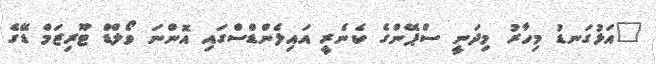
"އަޅުގަނޑު މިހާރު މިދަނީ ސްޕޭންގެ ކެނެރީ އައިލެންޑްސްގައި އޮންނަ ވޯލްޑް ޓޫރިޒަމް ޑޭގެ